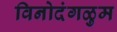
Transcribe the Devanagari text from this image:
विनोदंगळुम